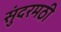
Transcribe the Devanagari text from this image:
सुंदरमठी